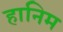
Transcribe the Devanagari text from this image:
हानिम